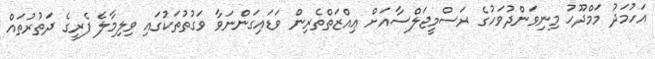
އަހުމަދު މަމްދޫހު މިނިވަންދުވަހުގެ ރަސްމީޖަލްސާއަށް ޢިއްޒަތްތެރިން ވަޑައިގަންނަވާ ވަގުތުތަކުގައި ވިލިމާލެ ފެރީގެ ދަތުރުތައް